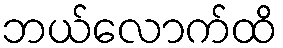
ဘယ်လောက်ထိ